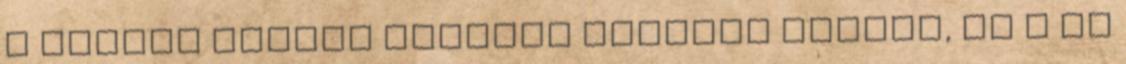
a mérleg nyelve pozitív irányba billen, az a jó